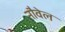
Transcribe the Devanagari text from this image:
नौवेल